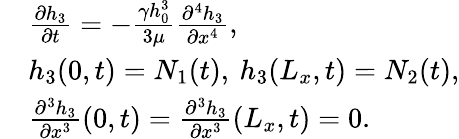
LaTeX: \begin{array}{rl}&{\frac{\partial h_{3}}{\partial t}=-\frac{\gamma h_{0}^{3}}{3\mu}\frac{\partial^{4}h_{3}}{\partial x^{4}},}\\ &{h_{3}(0,t)=N_{1}(t),\: h_{3}(L_{x},t)=N_{2}(t),}\\ &{\frac{\partial^{3}h_{3}}{\partial x^{3}}(0,t)=\frac{\partial^{3}h_{3}}{\partial x^{3}}(L_{x},t)=0.}\end{array}